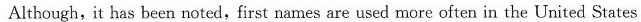
Although, it has been noted,first names are used more often in the United States